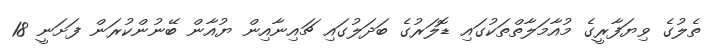
ތެލުގެ ވިޔަފާރީގެ މުއާމަލާތްތަކުގައި ޑޮލަރުގެ ބަދަލުގައި ޗައިނާއިން ޔުއާން ބޭނުންކުރަން ފަށަނީ 18